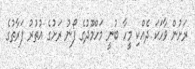
ރަށުން ވާހަކަ ދެއްކި މީހާ ބުނީ މަހްމޫދުގެ ފޯނު ރަށުގެ އުތުރު ފަރާތުގެ